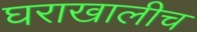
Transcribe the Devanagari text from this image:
घराखालीच